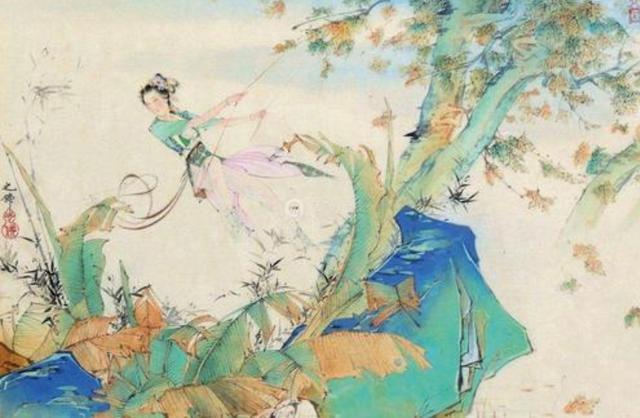
墙外行人，墙里佳人笑。